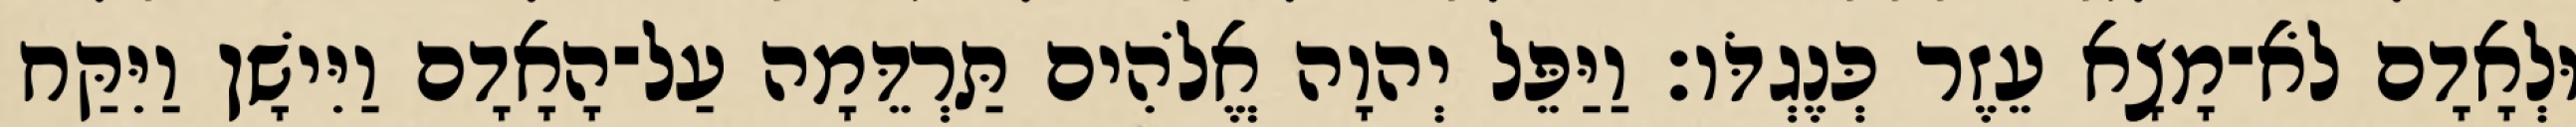
וּלְאָדָם לֹא־מָצָא עֵזֶר כְּנֶגְדֹּו׃ וַיַּפֵּל יְהוָה אֱלֹהִים תַּרְדֵּמָה עַל־הָאָדָם וַיִּישָׁן וַיִּקַּח